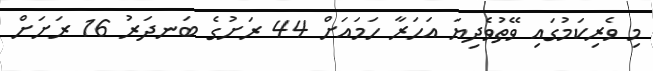
މި ވެރިކަމުގައި ވޭތުވެދިޔަ އަހަރާ ހަމައަށް 44 ރަށުގެ ބަނދަރު 16 ރަށަށް